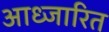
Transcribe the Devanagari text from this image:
आध्जारित